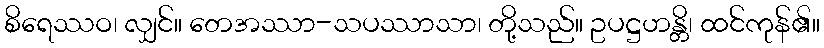
စိရေဿဝ၊ လျှင်။ တေအဿာ-သပဿာသာ၊ တို့သည်။ ဥပဋ္ဌဟန္တိ၊ ထင်ကုန်၏။